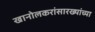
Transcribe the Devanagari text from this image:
खानोलकरांसारख्यांच्या